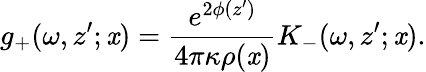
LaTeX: g_{+}(\omega,z^{\prime};\mathit{x})=\frac{{e^{2\phi(z^{\prime})}}}{{4\pi\kappa\rho(\mathit{x})}}K_{-}(\omega,z^{\prime};\mathit{x}).